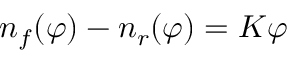
n _ { f } ( \varphi ) - n _ { r } ( \varphi ) = K \varphi